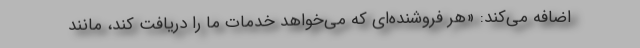
اضافه می‌کند: «هر فروشنده‌ای که می‌خواهد خدمات ما را دریافت کند، مانند